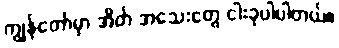
ကျွန်တော်မှာ အိတ် အသေးတွေ ငါးခုပါပါတယ်။